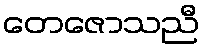
တေဇောသညီ